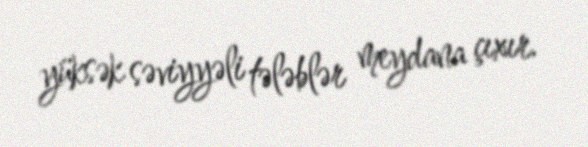
yüksək səviyyəli tələblər meydana çıxır.